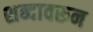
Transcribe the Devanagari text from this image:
शब्‍दावरून